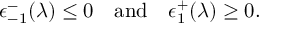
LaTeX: \epsilon _ { - 1 } ^ { - } ( \lambda ) \leq 0 \quad \mathrm { a n d } \quad \epsilon _ { 1 } ^ { + } ( \lambda ) \geq 0 .